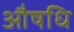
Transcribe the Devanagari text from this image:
औषधि